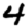
Digit: 4